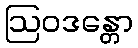
ဩဝဒန္တော